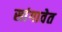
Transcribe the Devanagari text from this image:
सांगावेत